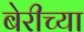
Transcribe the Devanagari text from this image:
बेरीच्या